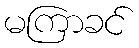
မကြာခင်